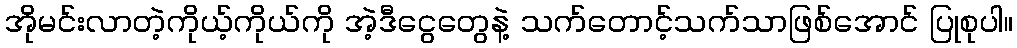
အိုမင်းလာတဲ့ကိုယ့်ကိုယ်ကို အဲ့ဒီငွေတွေနဲ့ သက်တောင့်သက်သာဖြစ်အောင် ပြုစုပါ။